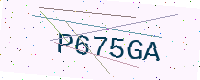
Text: P675GA